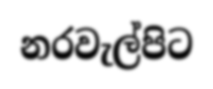
නරවැල්පිට